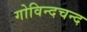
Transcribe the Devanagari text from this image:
गोविन्दचन्द